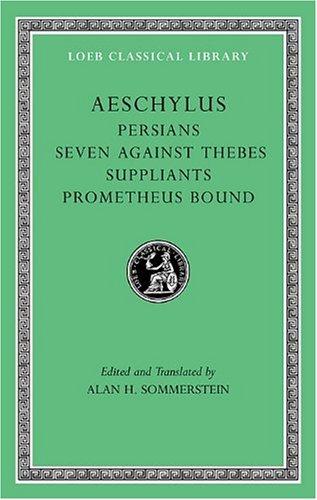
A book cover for Aeschylus, I, Persians. Seven against Thebes. Suppliants. Prometheus Bound (Loeb Classical Library); Aeschylus; Literature & Fiction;